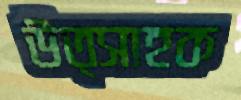
উত্সাহক